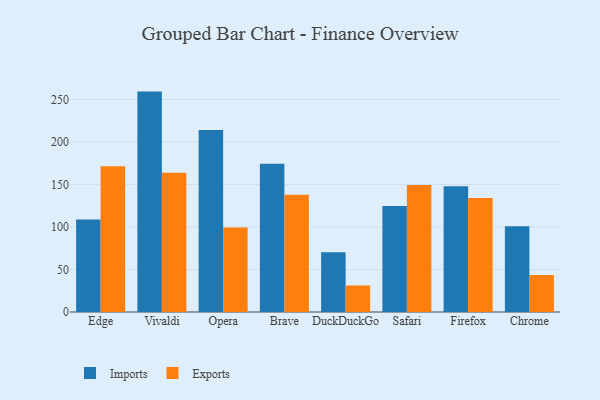
{"axis": {"x": "Browser", "y": "Energy Usage (MWh)"}, "legend": ["Exports", "Imports"], "data": [{"x": "Edge", "y": 108.7, "type": "Imports"}, {"x": "Edge", "y": 171.6, "type": "Exports"}, {"x": "Vivaldi", "y": 259.3, "type": "Imports"}, {"x": "Vivaldi", "y": 163.8, "type": "Exports"}, {"x": "Opera", "y": 214.1, "type": "Imports"}, {"x": "Opera", "y": 99.4, "type": "Exports"}, {"x": "Brave", "y": 174.4, "type": "Imports"}, {"x": "Brave", "y": 138.0, "type": "Exports"}, {"x": "DuckDuckGo", "y": 70.4, "type": "Imports"}, {"x": "DuckDuckGo", "y": 31.2, "type": "Exports"}, {"x": "Safari", "y": 124.6, "type": "Imports"}, {"x": "Safari", "y": 149.4, "type": "Exports"}, {"x": "Firefox", "y": 147.8, "type": "Imports"}, {"x": "Firefox", "y": 134.1, "type": "Exports"}, {"x": "Chrome", "y": 100.8, "type": "Imports"}, {"x": "Chrome", "y": 43.4, "type": "Exports"}]}